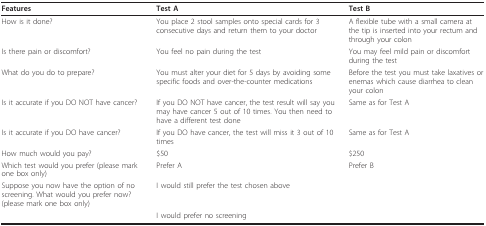
<table><thead><tr><td><b>Features</b></td><td><b>Test A</b></td><td><b>Test B</b></td></tr></thead><tbody><tr><td>How is it done?</td><td>You place 2 stool samples onto special cards for 3 consecutive days and return them to your doctor</td><td>A flexible tube with a small camera at the tip is inserted into your rectum and through your colon</td></tr><tr><td>Is there pain or discomfort?</td><td>You feel no pain during the test</td><td>You may feel mild pain or discomfort during the test</td></tr><tr><td>What do you do to prepare?</td><td>You must alter your diet for 5 days by avoiding some specific foods and over-the-counter medications</td><td>Before the test you must take laxatives or enemas which cause diarrhea to clean your colon</td></tr><tr><td>Is it accurate if you DO NOT have cancer?</td><td>If you DO NOT have cancer, the test result will say you may have cancer 5 out of 10 times. You then need to have a different test done</td><td>Same as for Test A</td></tr><tr><td>Is it accurate if you DO have cancer?</td><td>If you DO have cancer, the test will miss it 3 out of 10 times</td><td>Same as for Test A</td></tr><tr><td>How much would you pay?</td><td>$50</td><td>$250</td></tr><tr><td>Which test would you prefer (please mark one box only)</td><td>Prefer A</td><td>Prefer B</td></tr><tr><td>Suppose you now have the option of no screening. What would you prefer now?(please mark one box only)</td><td>I would still prefer the test chosen above</td><td></td></tr><tr><td></td><td colspan="2">I would prefer no screening</td></tr></tbody></table>